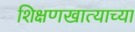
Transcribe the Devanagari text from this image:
शिक्षणखात्याच्या